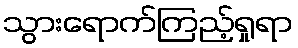
သွားရောက်ကြည့်ရှုရာ